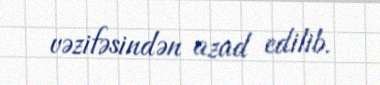
vəzifəsindən azad edilib.